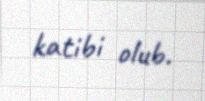
katibi olub.